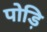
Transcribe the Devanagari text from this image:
पोड़ि